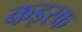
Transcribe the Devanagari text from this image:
कइस्क